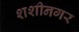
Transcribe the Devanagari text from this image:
शशीनगर